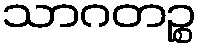
သာဂတဉ္စ